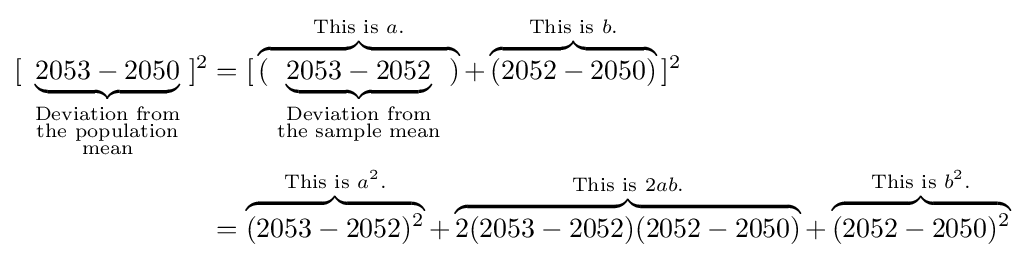
{\begin{aligned}{[}\,\underbrace {2053-2050} _{\begin{smallmatrix}{\text{Deviation from}}\\{\text{the population}}\\{\text{mean}}\end{smallmatrix}}\,]^{2}&=[\,\overbrace {(\,\underbrace {2053-2052} _{\begin{smallmatrix}{\text{Deviation from}}\\{\text{the sample mean}}\end{smallmatrix}}\,)} ^{{\text{This is }}a.}+\overbrace {(2052-2050)} ^{{\text{This is }}b.}\,]^{2}\\&=\overbrace {(2053-2052)^{2}} ^{{\text{This is }}a^{2}.}+\overbrace {2(2053-2052)(2052-2050)} ^{{\text{This is }}2ab.}+\overbrace {(2052-2050)^{2}} ^{{\text{This is }}b^{2}.}\end{aligned}}